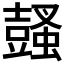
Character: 𧒕